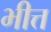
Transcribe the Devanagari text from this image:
भीत्त